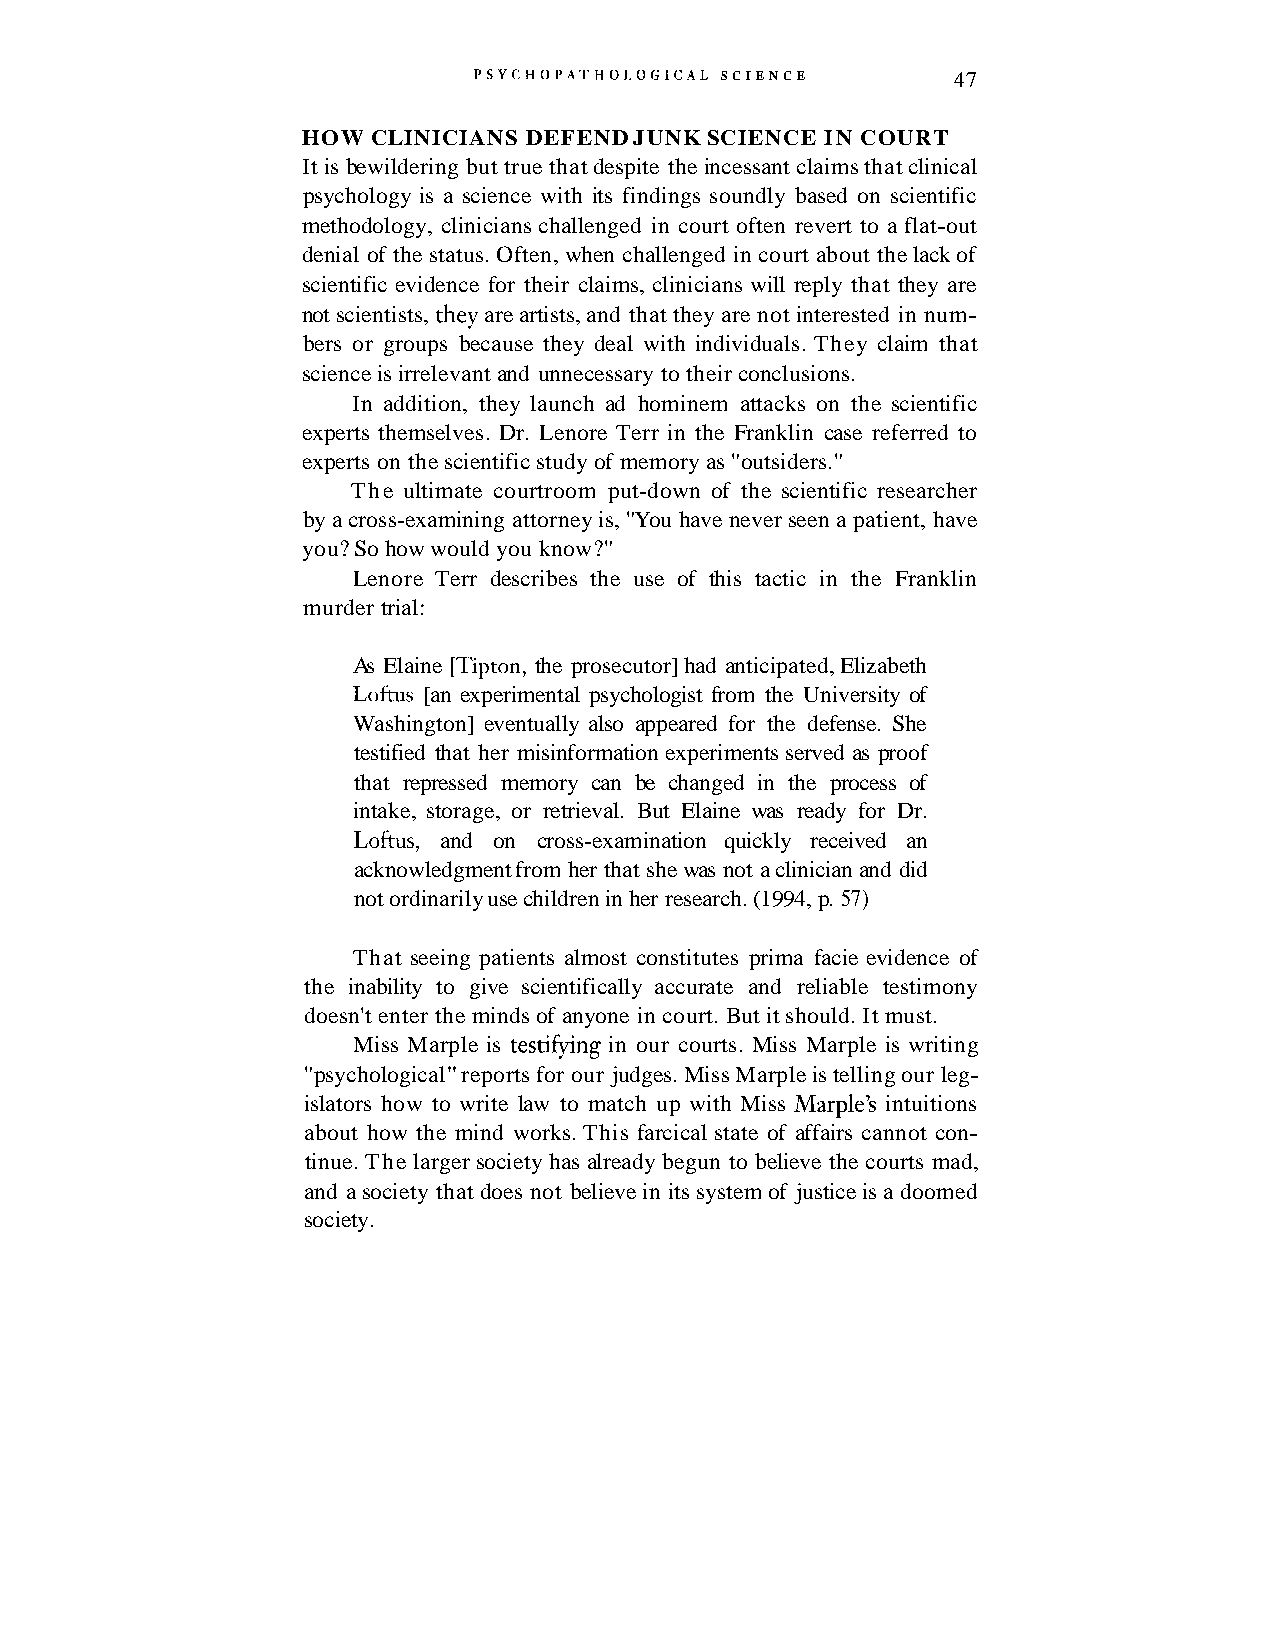
PSYCHOPATHO1,OGICAL SCIENCE     47
 HOW CLINICIANS DEFEND JUNK SCIENCE IN COURT
 It is bewildering but true that despite the incessant claims that clinical
 psychology is a science with its findings soundly based on scientific
 methodology, clinicians challenged in court often revert to a flat-out
 denial of the status. Often, when challenged in court about the lack of
 scientific evidence for their claims, clinicians will reply that they are
 not scientists, they are artists, and that they are not interested in num-
 bers or groups because they deal with individuals. They claim that
 science is irrelevant and unnecessary to their conclusions.
 In addition, they launch ad hominem attacks on the scientific
 experts themselves. Dr. Lenore Terr in the Franklin case referred to
 experts on the scientific study of memory as "outsiders."
 The ultimate courtroom put-down of the scientific researcher
 by a cross-examining attorney is, "You have never seen a patient, have
 you? So how would you know?"
 Lenore Terr describes the use of this tactic in the Franklin
 murder trial:
 As Elaine [Tipton, the prosecutor] had anticipated, Elizabeth
 Loftus [an experimental psychologist from the University of
 Washington] eventually also appeared for the defense. She
 testified that her misinformation experiments served as proof
 that repressed memory can be changed in the process of
 intake, storage, or retrieval. But Elaine was ready for Dr.
 Loftus, and on cross-examination quickly received an
 acknowledgment from her that she was not a clinician and did
 not ordinarily use children in her research. (1994, p. 57)
 That seeing patients almost constitutes prima facie evidence of
 the inability to give scientifically accurate and reliable testimony
 doesn't enter the minds of anyone in court. But it should. It must.
 Miss Marple is testifying in our courts. Miss Marple is writing
 "psychological" reports for our judges. Miss Marple is telling our leg-
 islators how to write law to match up with Miss Marple's intuitions
 about how the mind works. This farcical state of affairs cannot con-
 tinue. The larger society has already begun to believe the courts mad,
 and a society that does not believe in its system of justice is a doomed
 society.